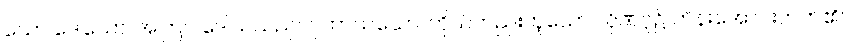
ယော ဒေါသော၊ အကြင် ဒေါသသည်။ ဂုဟာသယော၊ ကိုယ်တည်းဟူသော လိုဏ်ဂူ၌ ကိန်းအောင်းတတ်၏။